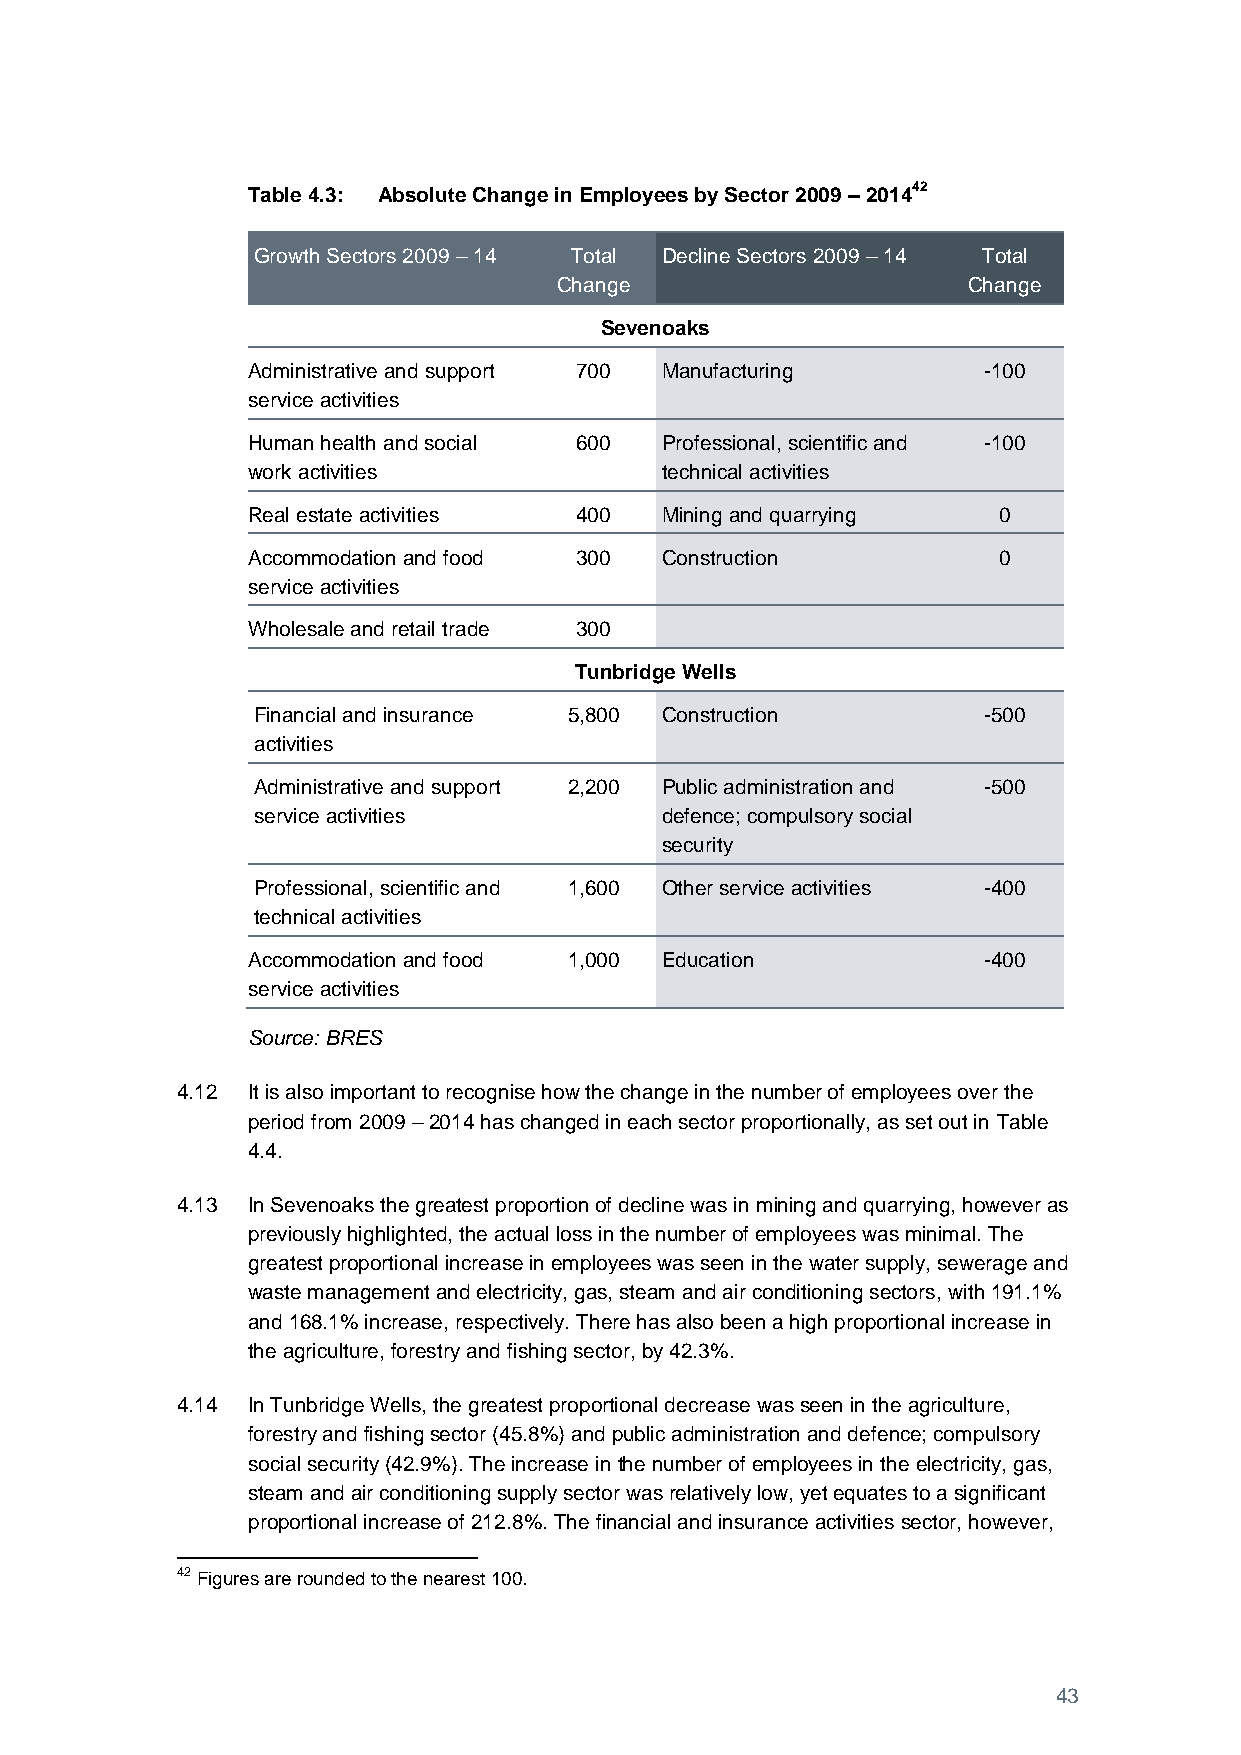
Table 4.3: Absolute Change in Employees by Sector 2009 – 201442
 Growth Sectors 2009 – 14 Total Decline Sectors 2009 – 14 Total
 Change                     Change
 Sevenoaks
 Administrative and support 700 Manufacturing     -100
 service activities
 Human health and social 600 Professional, scientific and -100
 work activities             technical activities
 Real estate activities 400  Mining and quarrying  0
 Accommodation and food 300  Construction          0
 service activities
 Wholesale and retail trade 300
 Tunbridge Wells
 Financial and insurance 5,800 Construction      -500
 activities
 Administrative and support 2,200 Public administration and -500
 service activities         defence; compulsory social
 security
 Professional, scientific and 1,600 Other service activities -400
 technical activities
 Accommodation and food 1,000 Education           -400
 service activities
 Source: BRES
 4.12 It is also important to recognise how the change in the number of employees over the
 period from 2009 – 2014 has changed in each sector proportionally, as set out in Table
 4.4.
 4.13 In Sevenoaks the greatest proportion of decline was in mining and quarrying, however as
 previously highlighted, the actual loss in the number of employees was minimal. The
 greatest proportional increase in employees was seen in the water supply, sewerage and
 waste management and electricity, gas, steam and air conditioning sectors, with 191.1%
 and 168.1% increase, respectively. There has also been a high proportional increase in
 the agriculture, forestry and fishing sector, by 42.3%.
 4.14 In Tunbridge Wells, the greatest proportional decrease was seen in the agriculture,
 forestry and fishing sector (45.8%) and public administration and defence; compulsory
 social security (42.9%). The increase in the number of employees in the electricity, gas,
 steam and air conditioning supply sector was relatively low, yet equates to a significant
 proportional increase of 212.8%. The financial and insurance activities sector, however,
 42 Figures are rounded to the nearest 100.
 43